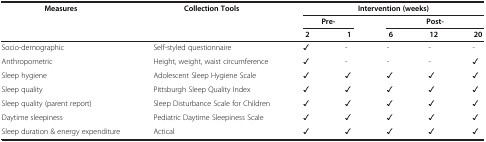
<table><thead><tr><td rowspan="3"><b>Measures</b></td><td rowspan="3"><b>Collection Tools</b></td><td colspan="5"><b>Intervention (weeks)</b></td></tr><tr><td colspan="2"><b>Pre-</b></td><td colspan="3"><b>Post-</b></td></tr><tr><td><b>2</b></td><td><b>1</b></td><td><b>6</b></td><td><b>12</b></td><td><b>20</b></td></tr></thead><tbody><tr><td>Socio-demographic</td><td>Self-styled questionnaire</td><td>✓</td><td>-</td><td>-</td><td>-</td><td>-</td></tr><tr><td>Anthropometric</td><td>Height, weight, waist circumference</td><td>✓</td><td>-</td><td>-</td><td>-</td><td>✓</td></tr><tr><td>Sleep hygiene</td><td>Adolescent Sleep Hygiene Scale</td><td>✓</td><td>✓</td><td>✓</td><td>✓</td><td>✓</td></tr><tr><td>Sleep quality</td><td>Pittsburgh Sleep Quality Index</td><td>✓</td><td>✓</td><td>✓</td><td>✓</td><td>✓</td></tr><tr><td>Sleep quality (parent report)</td><td>Sleep Disturbance Scale for Children</td><td>✓</td><td>✓</td><td>✓</td><td>✓</td><td>✓</td></tr><tr><td>Daytime sleepiness</td><td>Pediatric Daytime Sleepiness Scale</td><td>✓</td><td>✓</td><td>✓</td><td>✓</td><td>✓</td></tr><tr><td>Sleep duration &amp; energy expenditure</td><td>Actical</td><td>✓</td><td>✓</td><td>✓</td><td>✓</td><td>✓</td></tr></tbody></table>